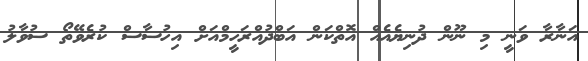
އަނާރާ ވަނީ މި ނޫން ދުނިޔެއެއް އޮތްކަން އަބްދުއްރަހީމްއަށް އިހުސާސް ކުރެވޭތޯ ސުވާލު